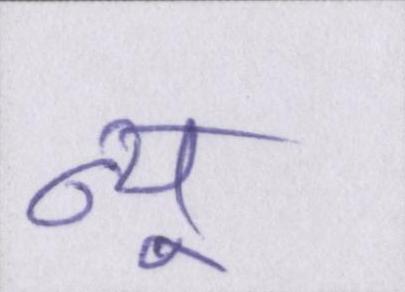
न्यू